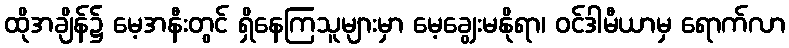
ထိုအချိန်၌ မေ့အနီးတွင် ရှိနေကြသူများမှာ မေ့ချွေးမနိုရာ၊ ဝင်ဒါမီယာမှ ရောက်လာ